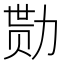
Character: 勚